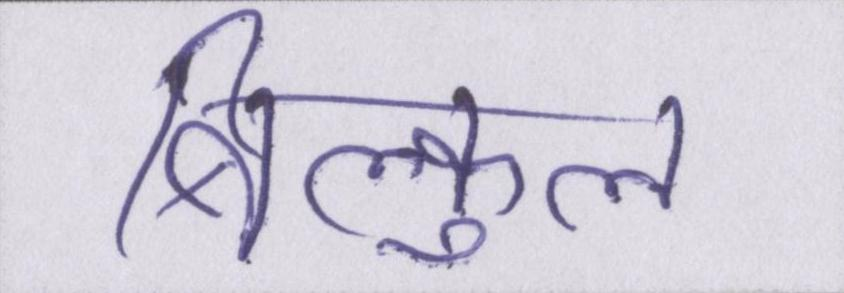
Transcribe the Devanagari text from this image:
बिल्कुल